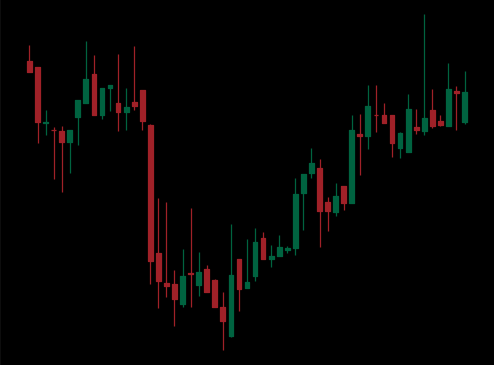
Pattern: inverse_head_shoulders